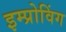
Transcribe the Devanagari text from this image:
इम्प्रोविंग